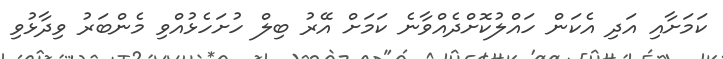
ކަމަށާއި އަދި އެކަން ހައްލުކޮށްދެއްވާނެ ކަމަށް އޭރު ބިލް ހުށަހެޅުއްވި މެންބަރު ވިދާޅުވި